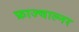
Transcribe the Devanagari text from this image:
फ्राज्चाल्नर